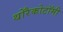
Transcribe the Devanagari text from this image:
थोरैकोटॉमी